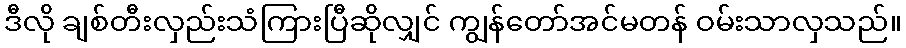
ဒီလို ချစ်တီးလှည်းသံကြားပြီဆိုလျှင် ကျွန်တော်အင်မတန် ဝမ်းသာလှသည်။